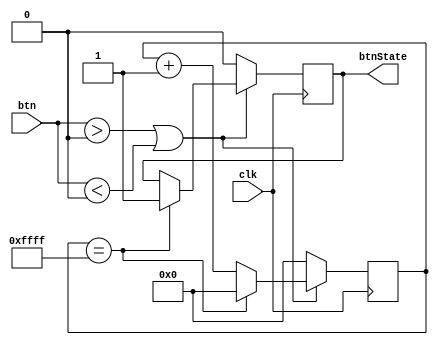
`timescale 1ns / 1ps
//////////////////////////////////////////////////////////////////////////////////
// Company:
// Engineer:
//
// Design Name:
// Module Name:    debouncer
// Project Name:
// Target Devices:
// Tool versions:
// Description:
//
// Dependencies:
//
// Revision:
// Revision 0.01 - File Created
// Additional Comments:
//
//////////////////////////////////////////////////////////////////////////////////
module debouncer(
    input clk,
    input btn,
    output btnState
    );

		reg button_reg = 0;
		reg [15:0] count;

		always @ (posedge clk)
		begin
			if(btn > 0 || btn < 0)
			begin
				count <= count +1;
				if(count == 16'b1111111111111111)
				begin
					button_reg <= 1;
					count <= 0;
				end
			end
			else
			begin
				count <= 0;
				button_reg <= 0;
			end
		end

		assign btnState = button_reg;

endmodule